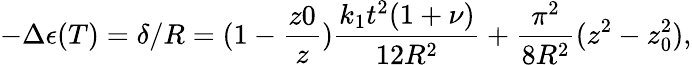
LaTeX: -\Delta\epsilon(T)=\delta/R=(1-\frac{z0}{z})\frac{k_{1}t^{2}(1+\nu)}{12R^{2}}+\frac{\pi^{2}}{8R^{2}}(z^{2}-z_{0}^{2}),